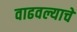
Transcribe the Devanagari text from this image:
वाढवल्याचे